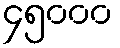
၄၅၀၀၀